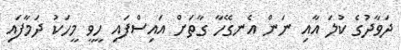
ދަވާދުގެ ކުލަ އާއި ނަން އެނގޭހާ ގާތަށް އައިސްފައި ހީވީ މީހަކު ދަމާފައި